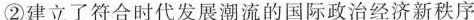
②建立了符合时代发展潮流的国际政治经济新秩序